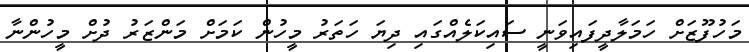
މަހުފޫޒަށް ހަމަލާދީފައިވަނީ ސައިކަލެއްގައި ދިޔަ ހަތަރު މީހުން ކަމަށް މަންޒަރު ދުށް މީހުންނާ